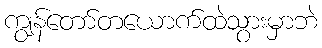
ကျွန်တော်တယောက်ထဲသွားမှာဘဲ